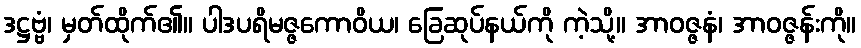
ဒဋ္ဌဗ္ဗံ၊ မှတ်ထိုက်၏။ ပါဒပရိမဇ္ဇကောဝိယ၊ ခြေဆုပ်နယ်ကို ကဲ့သို့။ အာဝဇ္ဇနံ၊ အာဝဇ္ဇန်းကို။